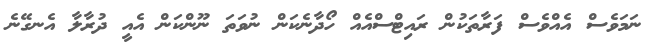
ނަމަވެސް އެއްވެސް ފަރާތަކުން ރައިޓްސްއެއް ހޯދާނެކަން ނުވަތަ ނޫންކަން އެއީ ދުރާލާ އެނގޭނެ